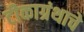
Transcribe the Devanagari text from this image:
टीकाग्रंथाचे